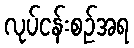
လုပ်ငန်းစဉ်အရ